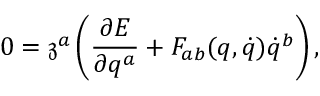
0 = \mathfrak { z } ^ { a } \left( \frac { \partial E } { \partial q ^ { a } } + F _ { a b } ( q , \dot { q } ) \dot { q } ^ { b } \right) ,